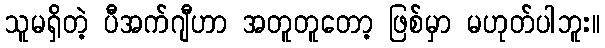
သူမရှိတဲ့ ပီအက်ဂျီဟာ အတူတူတော့ ဖြစ်မှာ မဟုတ်ပါဘူး။